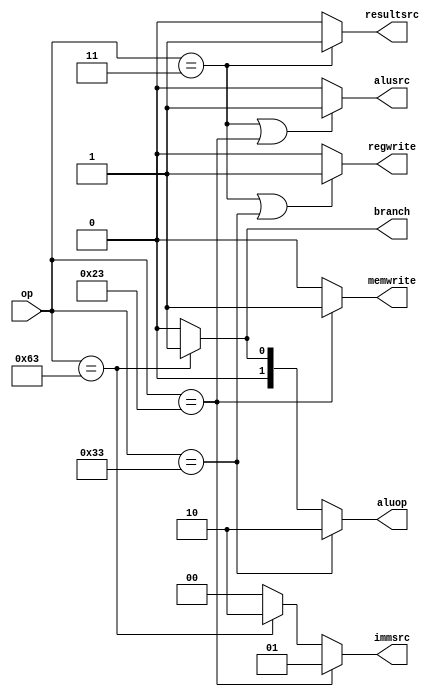
module main_decoder(op,branch,regwrite,memwrite,resultsrc,alusrc,immsrc,aluop);


input [6:0]op;

output regwrite,memwrite,resultsrc,alusrc,branch;
output [1:0] immsrc,aluop;



assign regwrite =((op==7'b0000011)|(op==7'b0110011))?1'b1:1'b0;
assign memwrite=(op==7'b0100011)?1'b1:1'b0;
assign resultsrc=(op==7'b0000011)?1'b1:1'b0;
assign alusrc=((op==7'b0000011)|(op==7'b0100011))?1'b1:1'b0;
assign branch=(op==7'b1100011)?1'b1:1'b0;
assign immsrc=(op==7'b0100011)?2'b01:(op==7'b1100011)?2'b10:2'b00;
assign aluop=(op==7'b0110011)?2'b10:(op==7'b1100011)?2'b01:2'b00;


endmodule